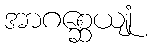
အာဂစ္ဆေယျုံ